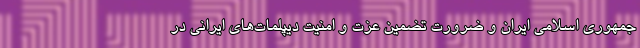
جمهوری اسلامی ایران و ضرورت تضمین عزت و امنیت دیپلمات‌های ایرانی در